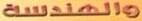
والهندسة